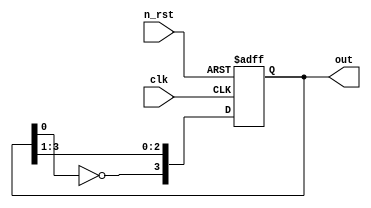
module  task_12(clk, n_rst, out);
  
  parameter               WIDTH = 4;
  input                   clk, n_rst;
  output reg  [WIDTH-1:0] out;
  
  always @(posedge clk or negedge n_rst) begin
    if(!n_rst) begin
      out <= 0;
    end
    else begin
      out <= {~out[0], out[WIDTH-1:1]};
    end
  end  
  
  
endmodule